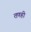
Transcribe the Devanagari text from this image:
तणही